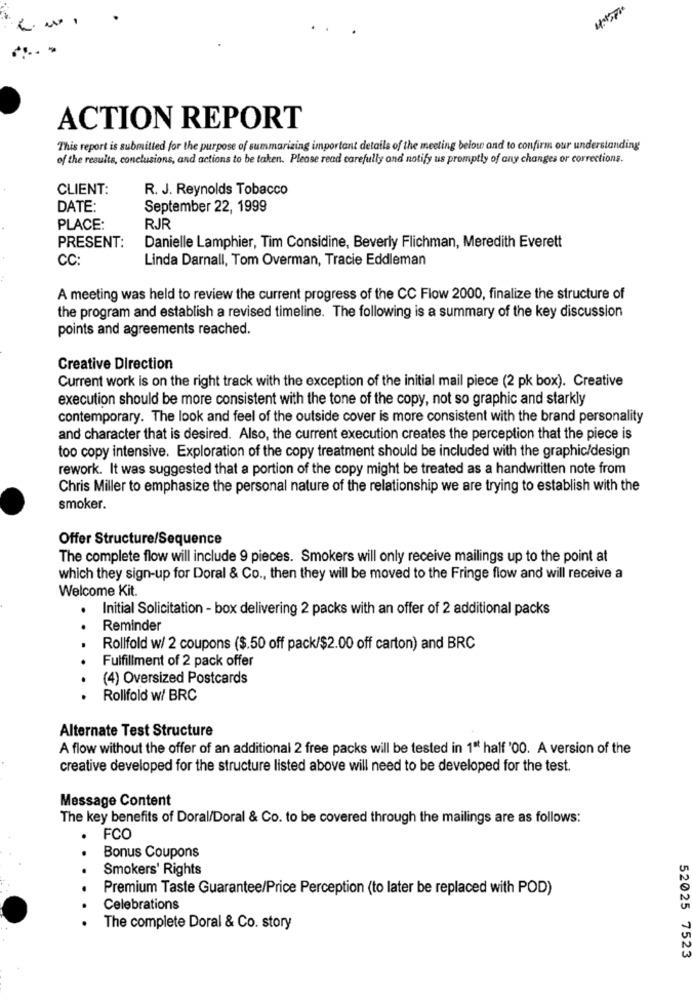
ACTION REPORT
This report is submitted for the purpose of summarizing important details of the meeting below and to confirm our understanding
of the results, conclusions, and actions to be taken. Please read carefully and notify us promptly of any changes or corrections.
CLIENT:
R. J. Reynolds Tobacco
DATE:
September 22, 1999
PLACE:
RJR
PRESENT:
Danielle Lamphier, Tim Considine, Beverly Flichman, Meredith Everett
CC:
Linda Darnall, Tom Overman, Tracie Eddleman
A meeting was held to review the current progress of the CC Flow 2000, finalize the structure of
the program and establish a revised timeline. The following is a summary of the key discussion
points and agreements reached.
Creative Direction
Current work is on the right track with the exception of the initial mail piece (2 pk box). Creative
execution should be more consistent with the tone of the copy, not so graphic and starkly
contemporary. The look and feel of the outside cover is more consistent with the brand personality
and character that is desired. Also, the current execution creates the perception that the piece is
too copy intensive. Exploration of the copy treatment should be included with the graphic/design
rework. It was suggested that a portion of the copy might be treated as a handwritten note from
Chris Miller to emphasize the personal nature of the relationship we are trying to establish with the
smoker.
Offer Structure/Sequence
The complete flow will include 9 pieces. Smokers will only receive mailings up to the point at
which they sign-up for Doral & Co ., then they will be moved to the Fringe flow and will receive a
Welcome Kit.
Initial Solicitation - box delivering 2 packs with an offer of 2 additional packs
Reminder
Rollfold w/ 2 coupons ($.50 off pack/$2.00 off carton) and BRC
Fulfillment of 2 pack offer
(4) Oversized Postcards
Rollfold w/ BRC
Alternate Test Structure
A flow without the offer of an additional 2 free packs will be tested in 1ª half '00. A version of the
creative developed for the structure listed above will need to be developed for the test.
Message Content
The key benefits of Doral/Doral & Co. to be covered through the mailings are as follows:
. FCO
Bonus Coupons
Smokers' Rights
Premium Taste Guarantee/Price Perception (to later be replaced with POD)
Celebrations
The complete Doral & Co. story
52025 7523